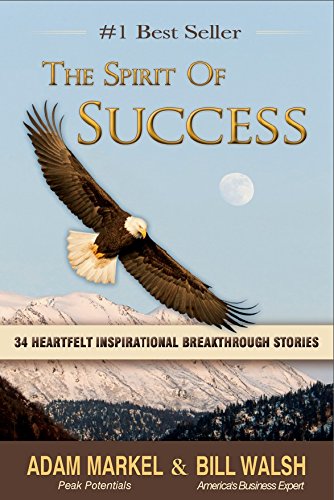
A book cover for The Spirit of Success; Adam Markel & Bill Walsh; Business & Money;